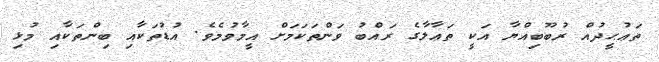
ތަޢުޙީދުއް ރުބޫބިއްޔާ އަކީ ތަޢާލާގެ ރައްބު ވަންތަކަމަށް އީމާވުމެވެ. އުޑުތަކާއި ބިންތަކާއި މުޅި